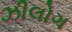
ઝીલોગ